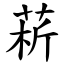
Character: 菥